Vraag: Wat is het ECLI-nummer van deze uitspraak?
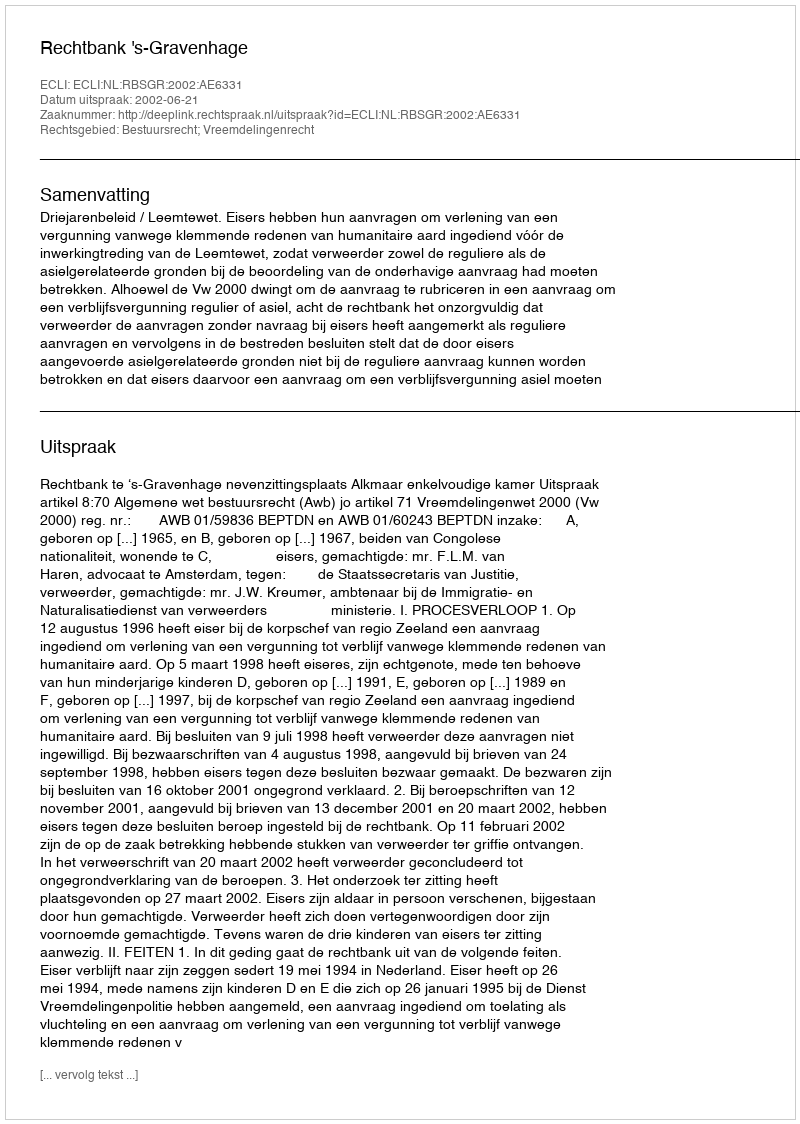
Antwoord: ECLI:NL:RBSGR:2002:AE6331